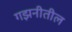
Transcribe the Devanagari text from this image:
गझनीतील